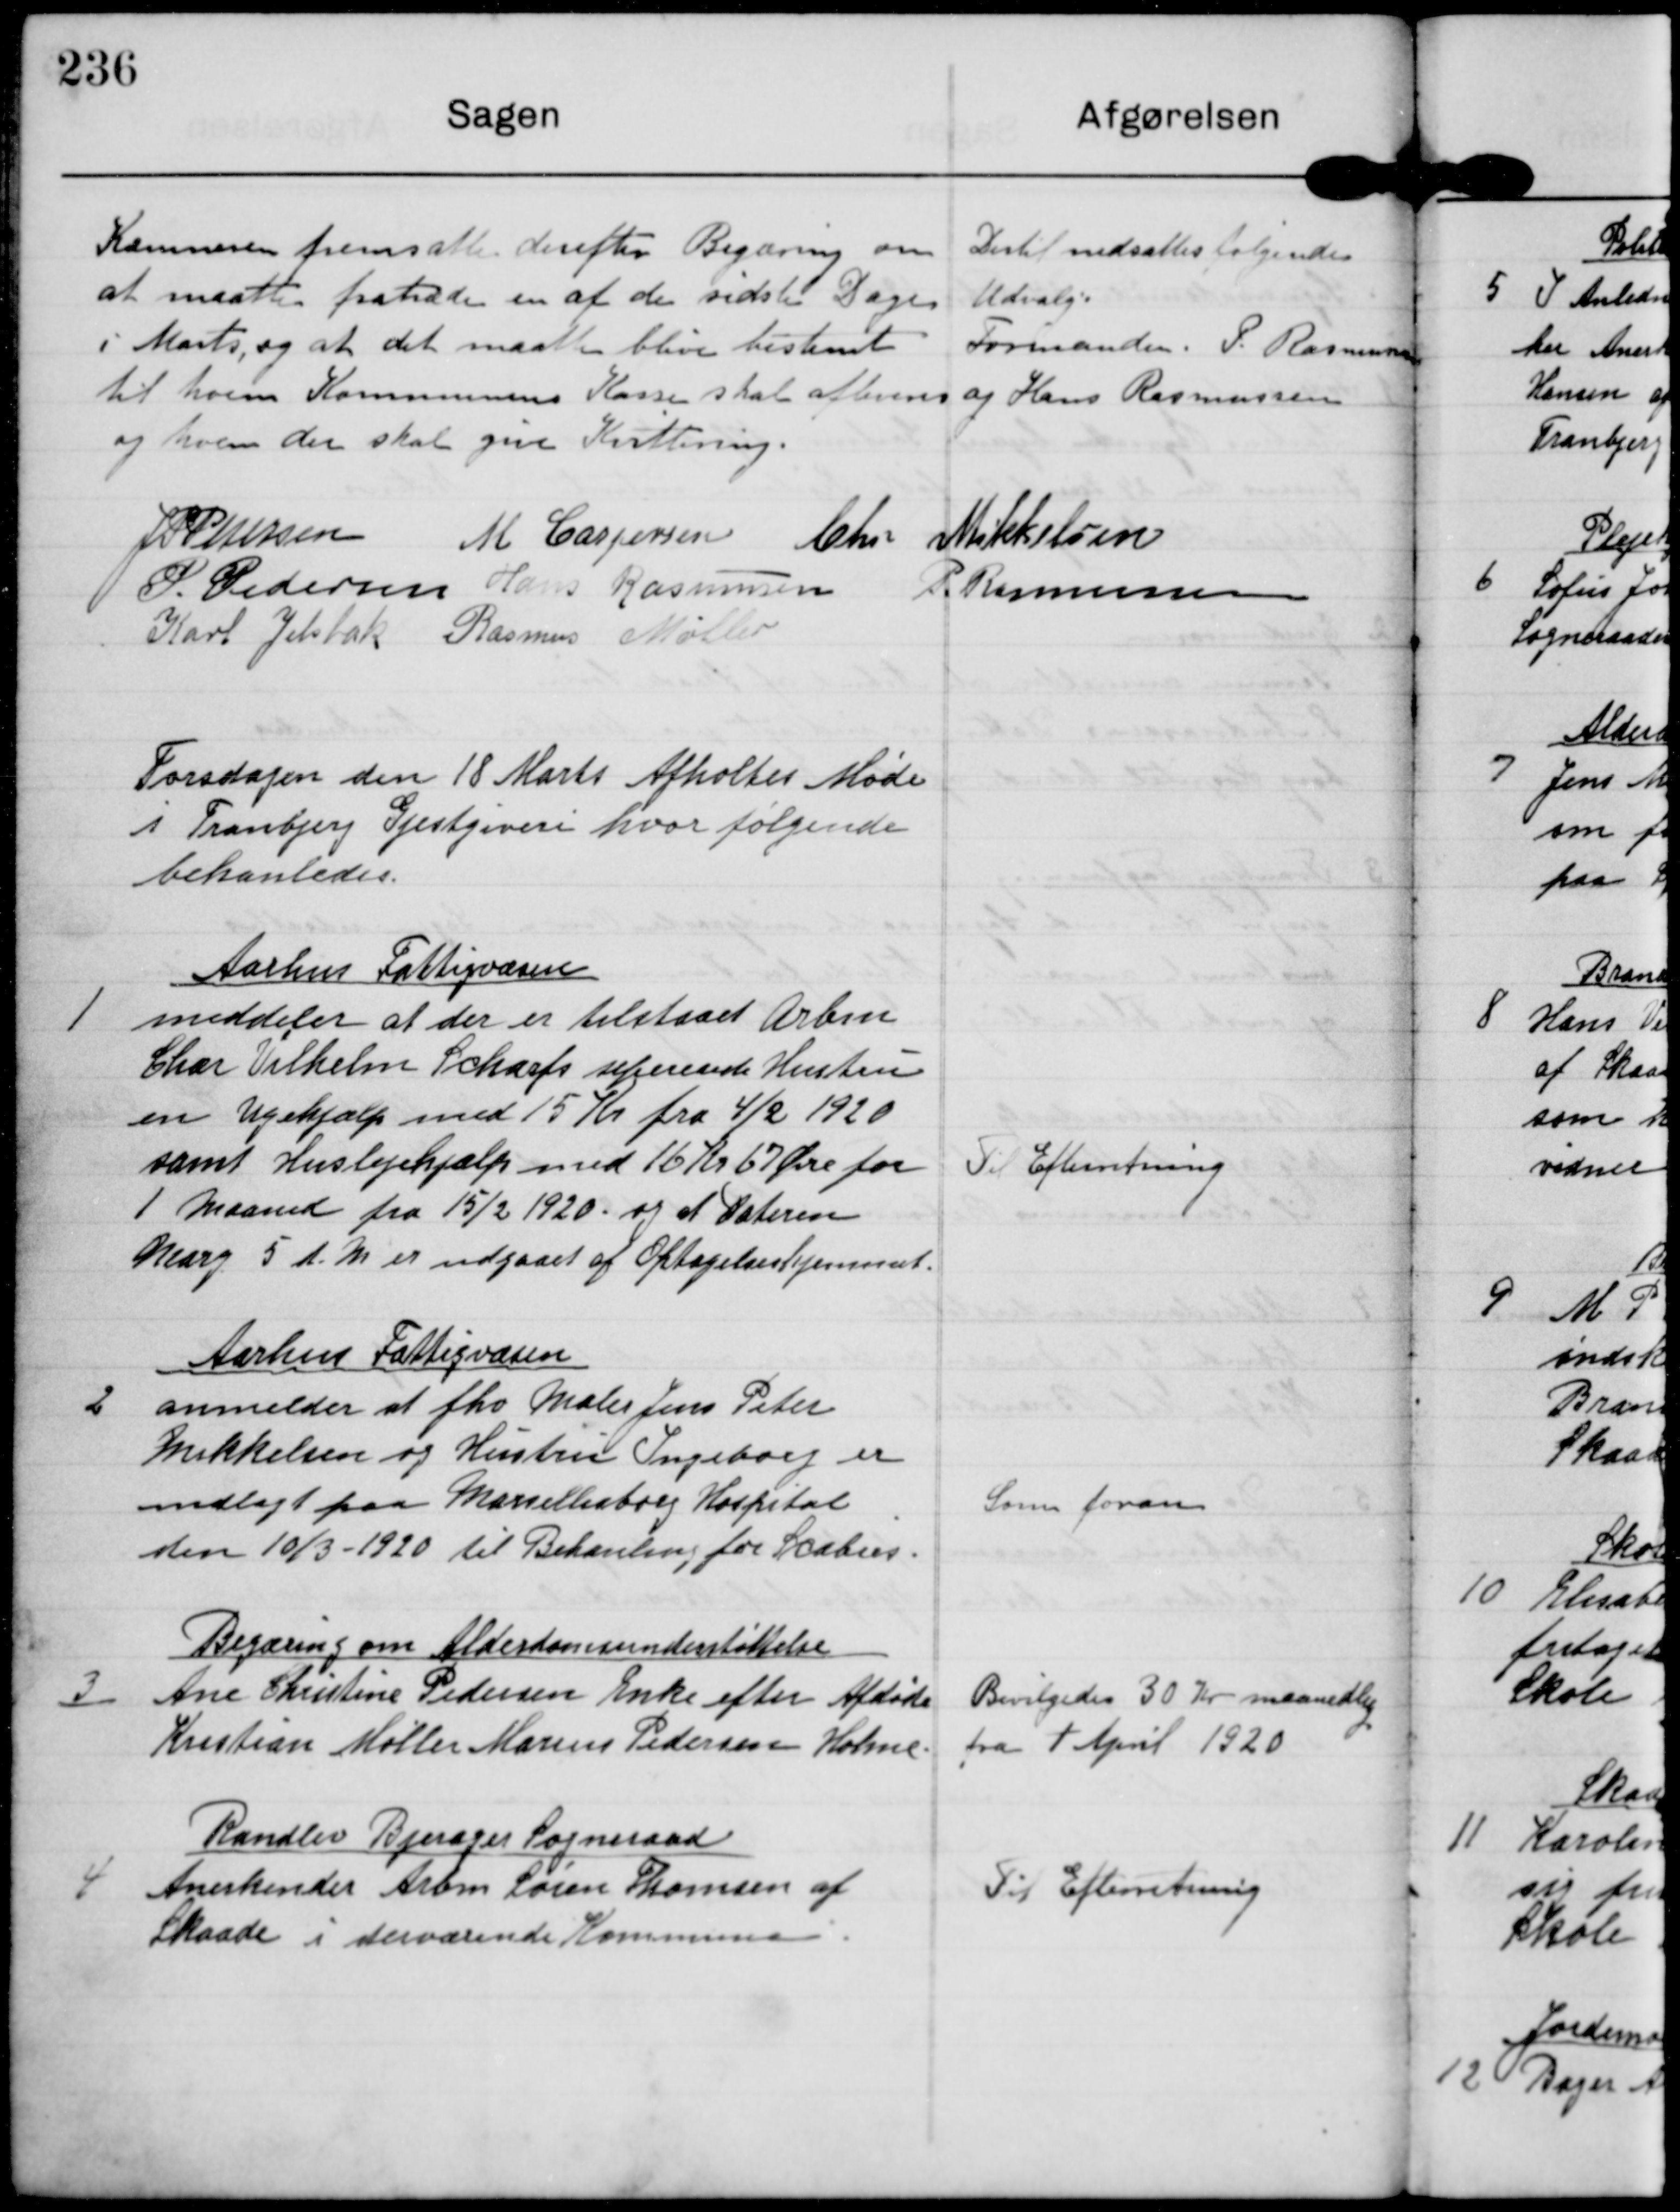
Transskription:
Kæmneren fremsatte derefter Begæring om
af maatte fratræde en af de sidste Dage
i Marts, og at det maatte blive bestemt
til hvem Kommunens Kasse skal afleveres
og hvem der skal give Kvittering

Dertil nedsattes følgendes
Udvalg
Formanden P. Rasmussen
og Hans Rasmussen

J P Pedersen M. Caspersen Chr Mikkelsen
P Pedersen Hans Rasmusen
P. Rasmussen
Karl Jelsbak Rasmus Møller

Torsdagen den 18 Marts Afholtes Møde
i Tranbjerg Gjestgiveri hvor følgende
behanledes

1

Aarhus Fattigvæsen
meddeler at der er tilstaaet Arbm
Char Vilhelm Scharfs sepererede Hustru
en Ugehjælp med 15 Kr fra 4/2 1920
samt Huslejehjælp med 16Kr67Øre for
1 Maaned fra 15/2 1920 og at Datteren
Marg. 5 d M er udgaaet af Optagelseshjemmet.

Til Efterretning

2

Aarhus Fattigvæsen
anmelder at fhv Maler Jens Peter
Mikkelsen og Hustru Ingeborg er
indtigt paa Marselisborg Hospital
den 10/3 1920 til Behanling for Scabies

Som foran

3

Begæring om Alderdomsunderstøttelse
Ane Christine Pedersen Enke efter Afdøde
Kristian Møller Marius Pedersen Holme

Beviægedes 30 Kr maanedlig
fra 1. April 1920

4

Randlev Bjerager Sogneraad
Anerkender Arbm Søren Thomsen af
Skaade i derværende Kommune

Til Efterretning